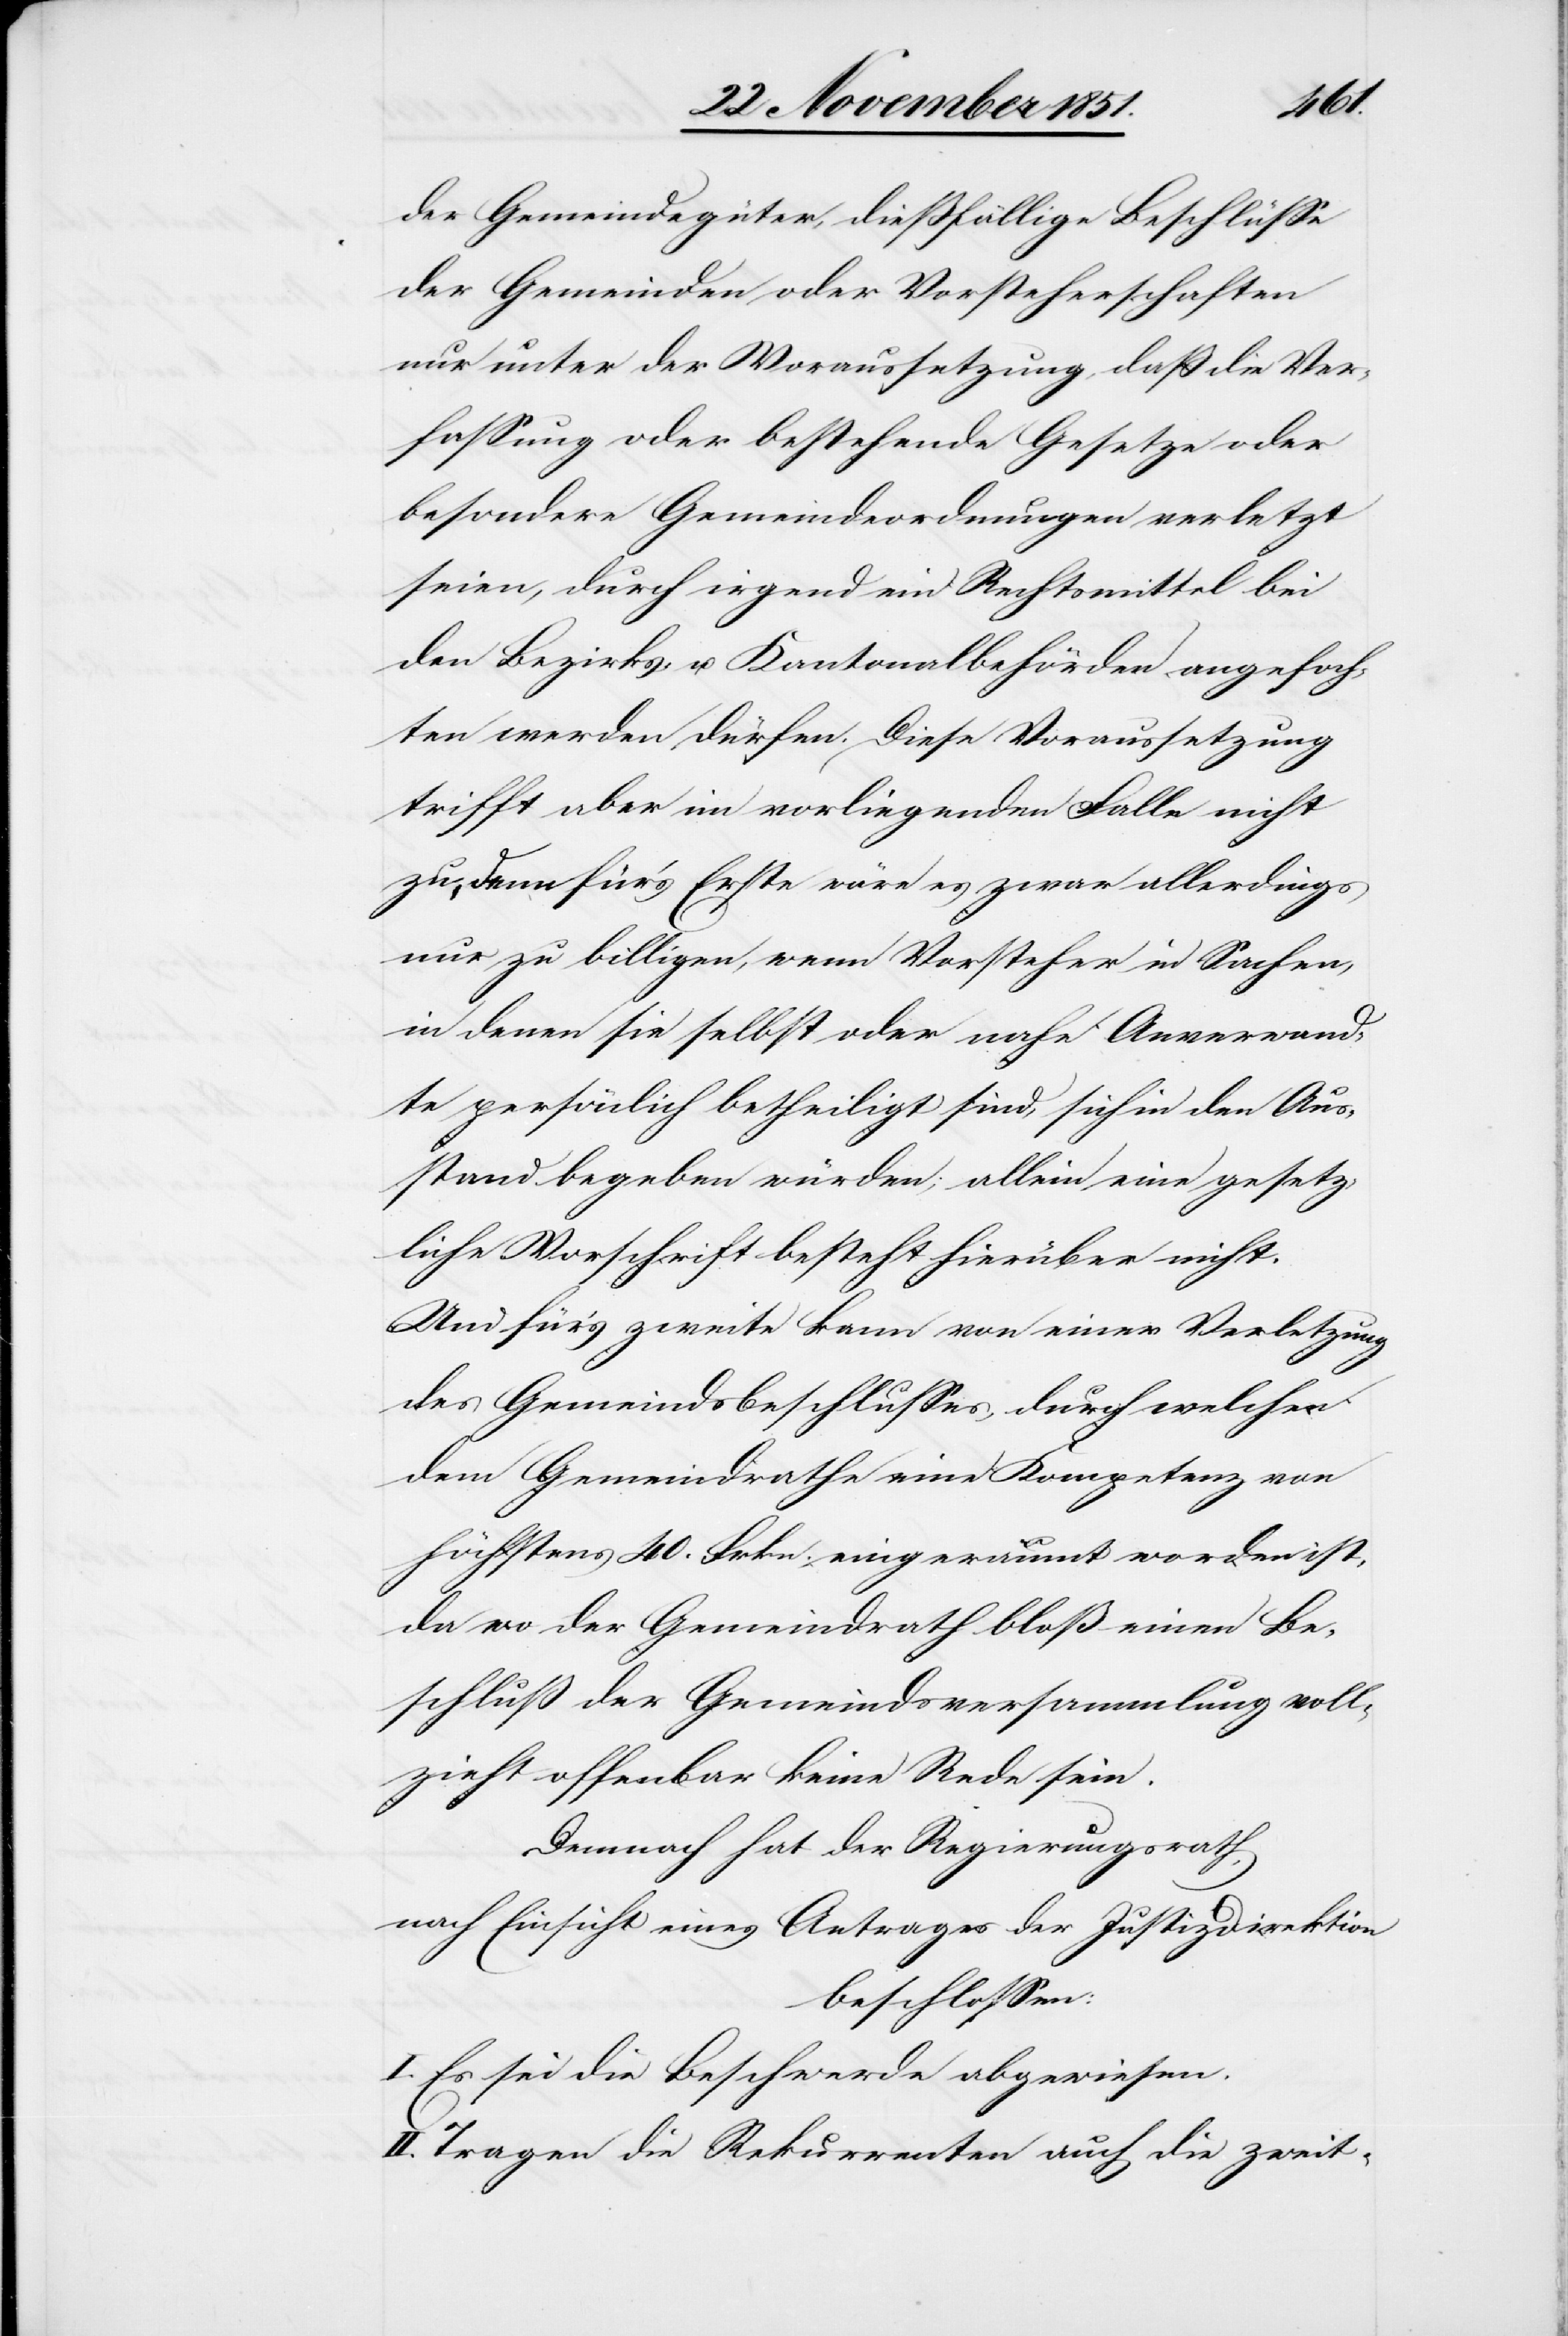
der Gemeindegüter, dießfällige Beschlüsse
der Gemeinden oder Vorsteherschaften
nur unter der Voraussetzung, daß die Ver¬
fassung oder bestehende Gesetze oder
besondere Gemeindeordnungen verletzt
seien, durch irgend ein Rechtsmittel bei
den Bezirks- u. Kantonalbehörden angefoch¬
ten werden dürfen. Diese Voraussetzung
trifft aber im vorliegenden Falle nicht
zu, denn für’s Erste wäre es zwar allerdings
nur zu billigen, wenn Vorsteher in Sachen,
in denen sie selbst oder nahe Anverwand¬
te persönlich betheiligt sind, sich in den Aus¬
stand begeben würden; allein eine gesetz¬
liche Vorschrift besteht hierüber nicht.
Und für’s zweite kann von einer Verletzung
des Gemeindsbeschlusses, durch welchen
dem Gemeindrathe eine Kompetenz von
höchstens 40. Frkn. eingeräumt worden ist,
da wo der Gemeindrath bloß einen Be¬
schluß der Gemeindsversammlung voll¬
zieht offenbar keine Rede sein.
Demnach hat der Regierungsrath,
nach Einsicht eines Antrages der Justizdirektion
beschlossen:
I. Es sei die Beschwerde abgewiesen.
II. Tragen die Rekurrenten auch die zweit-